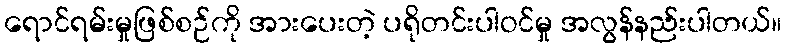
ရောင်ရမ်းမှုဖြစ်စဉ်ကို အားပေးတဲ့ ပရိုတင်းပါဝင်မှု အလွန်နည်းပါတယ်။